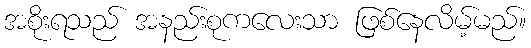
အစိုးရသည် အနည်းစုကလေးသာ ဖြစ်နေလိမ့်မည်။